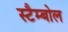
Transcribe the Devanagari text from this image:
स्टैम्बोल